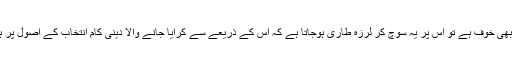
اس کے دل میں خدا کا معمولی سا بھی خوف ہے تو اس پر یہ سوچ کر لرزہ طاری ہوجاتا ہے کہ اس کے ذریعے سے کرایا جانے والا دینی کام انتخاب کے اصول پر ہورہا ہے یا استعمال کے اصول پر۔